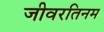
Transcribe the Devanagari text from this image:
जीवरतिनम